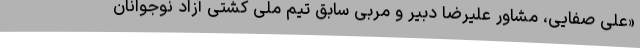
«علی صفایی، مشاور علیرضا دبیر و مربی سابق تیم ملی کشتی آزاد نوجوانان